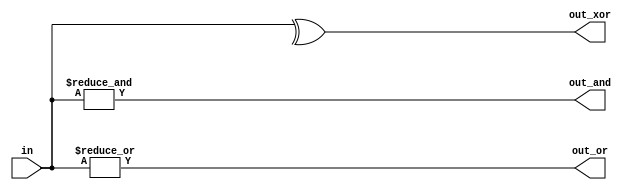
module top_module(
  input [99:0] in,
  output out_and,
  output out_or,
  output out_xor);
    always @(*) begin
      out_and=&in;
      out_or=|in;
      out_xor=^in;
    end
endmodule